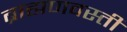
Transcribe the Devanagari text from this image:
ब्राह्मणवस्ती